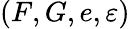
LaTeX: (F,G,e,\varepsilon)